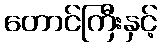
တောင်ကြီးနှင့်